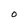
Character: O